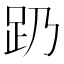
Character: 𬦠